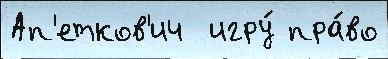
Ап'етков'ич  игру́ пра́во